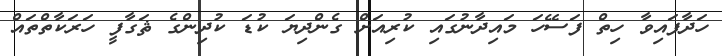
ހަދާފައިވާ ހިތް ފަސޭހަ މައިދާނުގައި ކުރިއަށް ގެންދިޔަ ކުޑަ ކުދިންގެ ޘަގާފީ ހަރަކާތްތައް